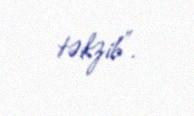
təkzib”.